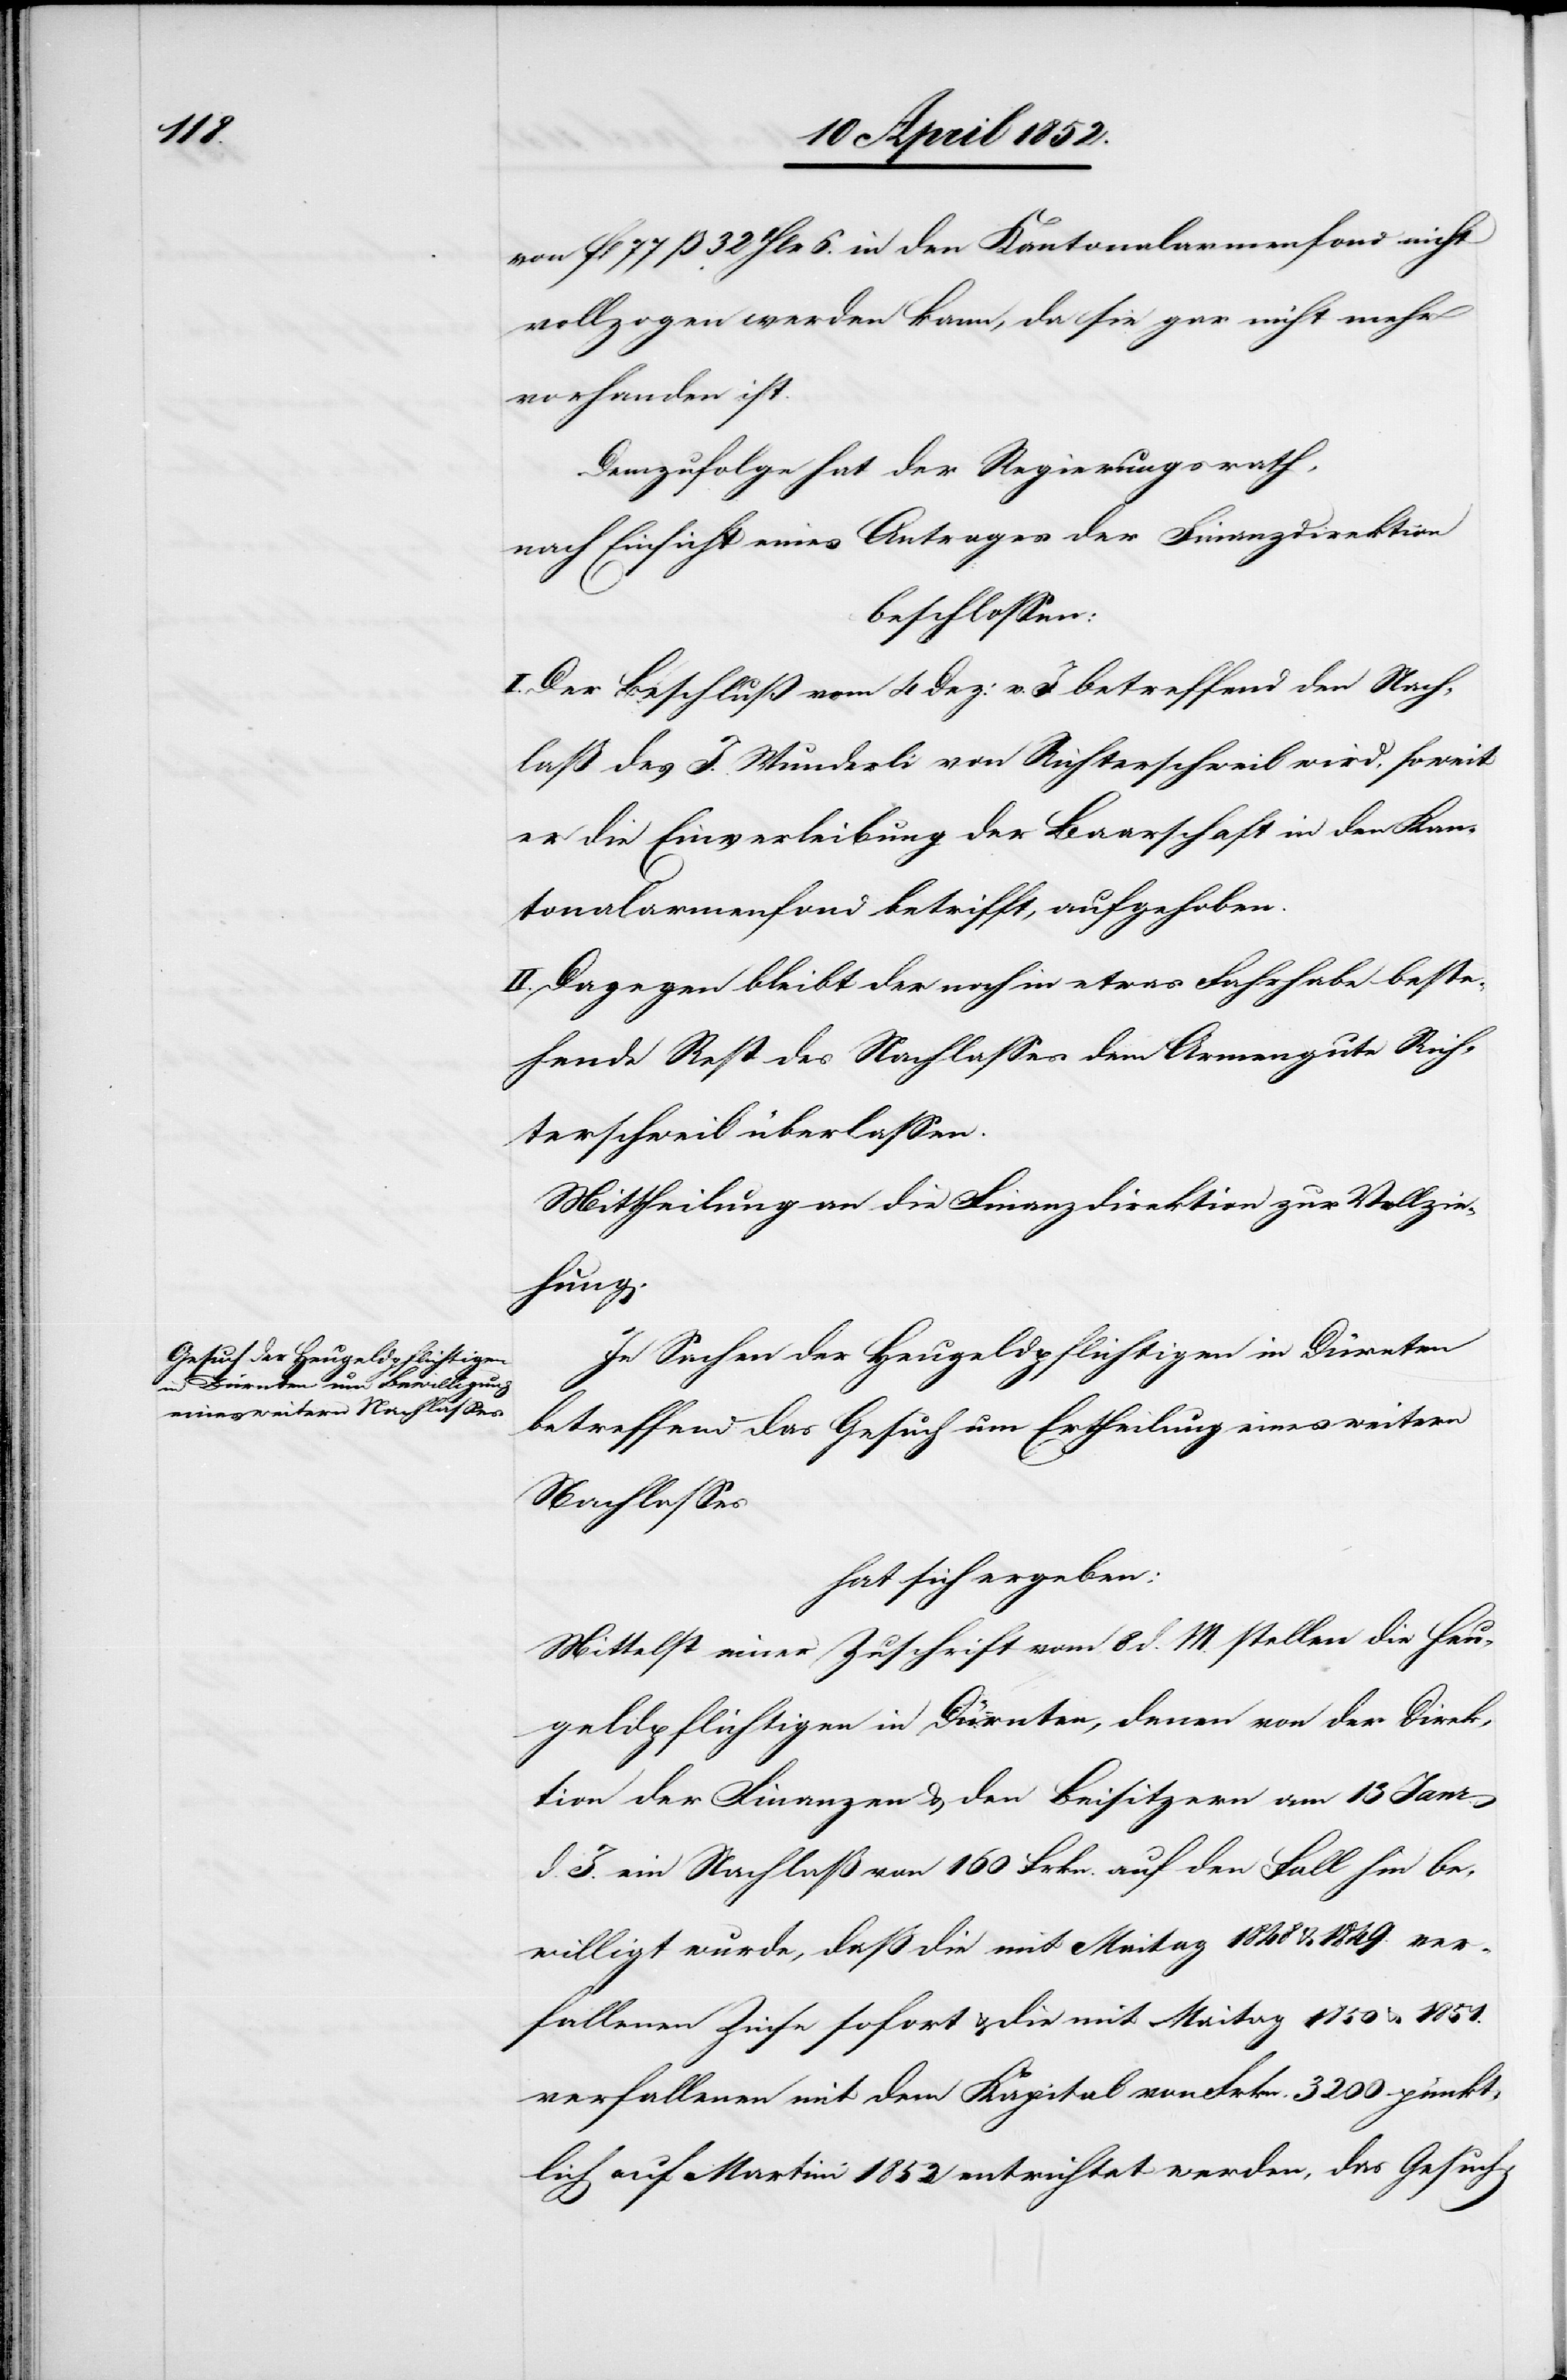
von fl 77 ß 32 Hlr 6. in den Kantonalarmenfond nicht
vollzogen werden kann, da sie gar nicht mehr
vorhanden ist.
Demzufolge hat der Regierungsrath,
nach Einsicht eines Antrages der Finanzdirektion
beschlossen:
I. Der Beschluß vom 4 Dez: v. J. betreffend den Nach¬
laß des J. Wunderli von Richterschweil wird, soweit
er die Einverleibung der Baarschaft in den Kan¬
tonalarmenfond betrifft, aufgehoben.
II. Dagegen bleibt der noch in etwas Fahrhabe beste¬
hende Rest des Nachlasses dem Armengute Rich¬
terschweil überlassen.
Mittheilung an die Finanzdirektion zur Vollzie¬
hung.
In Sachen der Heugeldpflichtigen inmDürnten
betreffend das Gesuch um Ertheilung eines weitern
Nachlasses
hat sich ergeben:
Mittelst einer Zuschrift vom 8 d. M. stellen die Heu¬
geldpflichtigen in Dürnten, denen von der Direk¬
tion der Finanzen & den Beisitzern am 13 Janr.
d. J. ein Nachlaß von 160 Frkn. auf den Fall hin be¬
willigt wurde, daß die mit Maitag 1848 & 1849. ver¬
fallenen Zinse sofort & die mit Maitag 1850 & 1851.
verfallenen mit dem Kapital von Frkn. 3200 pünkt¬
lich auf Martini 1852 entrichtet werden, das Gesuch,